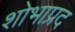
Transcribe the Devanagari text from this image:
शोभाप्रद